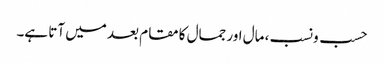
حسب ونسب، مال اور جمال کا مقام بعد میں آتا ہے۔